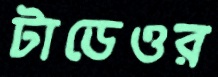
টাডেওর